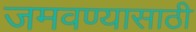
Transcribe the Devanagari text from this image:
जमवण्यासाठी